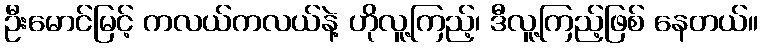
ဦးမောင်မြင့် ကလယ်ကလယ်နဲ့ ဟိုလူ့ကြည့်၊ ဒီလူ့ကြည့်ဖြစ် နေတယ်။